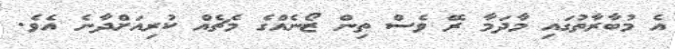
އެ މުބާރާތުގައި މާދަމާ ރޭ ވެސް ތިން ޒޯނެއްގެ މެޗެއް ކުރިއަށްދާނެ އެވެ.